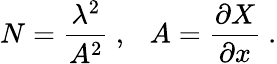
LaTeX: N=\frac{\lambda^{2}}{A^{2}}\ ,\ \ \ A=\frac{\partial X}{\partial x}\ .